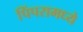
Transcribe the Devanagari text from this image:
पिंपरामध्ये